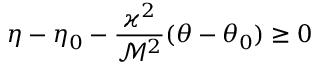
\eta - \eta _ { 0 } - \frac { \varkappa ^ { 2 } } { \mathcal { M } ^ { 2 } } ( \theta - \theta _ { 0 } ) \geq 0